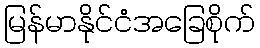
မြန်မာနိုင်ငံအခြေစိုက်